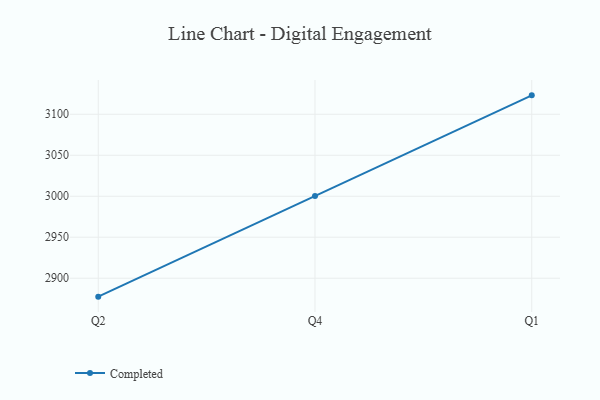
{"axis": {"x": "Quarter", "y": "Website Visitors"}, "legend": ["Completed"], "data": [{"x": "Q2", "y": 2877.5, "type": "Completed"}, {"x": "Q4", "y": 3000.4, "type": "Completed"}, {"x": "Q1", "y": 3123.1, "type": "Completed"}]}